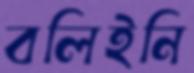
বলিইনি